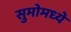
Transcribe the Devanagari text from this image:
सुमोमध्ये